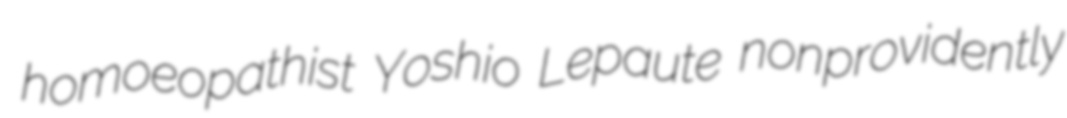
homoeopathist Yoshio Lepaute nonprovidently